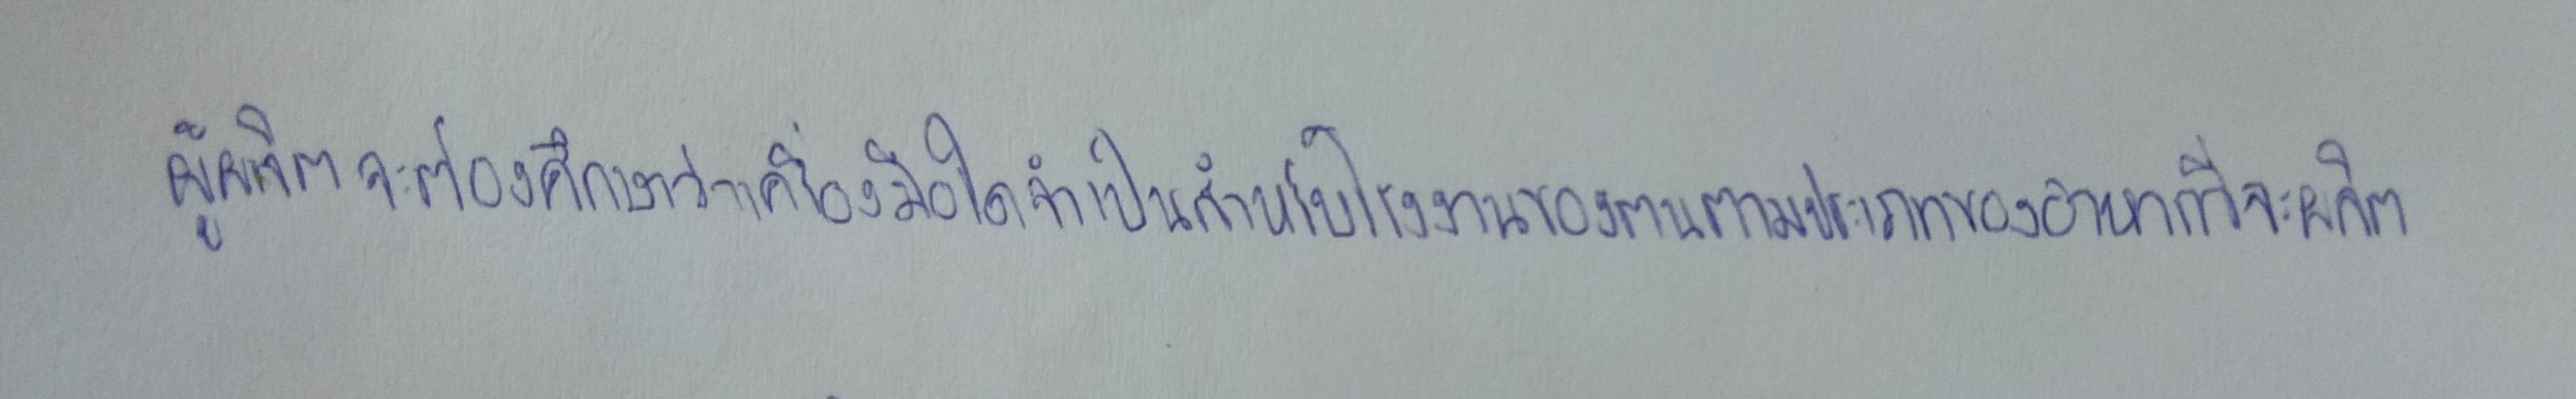
ผู้ผลิตจะต้องศึกษาว่าเครื่องมือใดจำเป็นสำหรับโรงงานของตนตามประเภทของอาหารที่จะผลิต